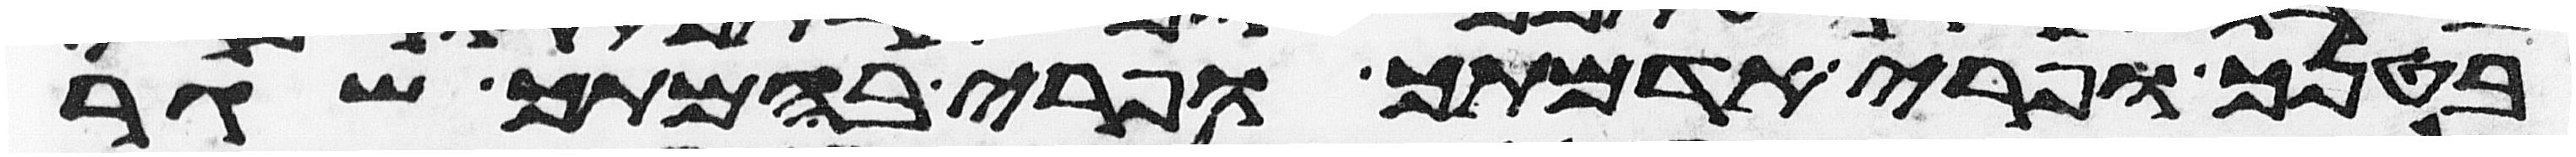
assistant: בטנך ופרי אדמתך ופרי בהמתך שגר